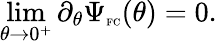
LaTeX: \operatorname*{lim}_{\theta\to 0^{+}}\partial_{\theta}\Psi_{\textnormal{\tiny{FC}}}(\theta)=0.